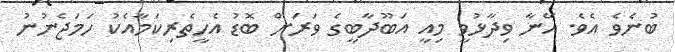
ބުނެވެ އެވެ. އޭނާ ވިދާޅުވީ މިއީ އަބޫދާބީގެ ވަރަށް ބޮޑު އެހީތެރިކަމާއެކު ހަމަޖެނުނު